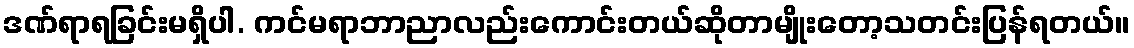
ဒဏ်ရာရခြင်းမရှိပါ. ကင်မရာဘာညာလည်းကောင်းတယ်ဆိုတာမျိုးတော့သတင်းပြန်ရတယ်။